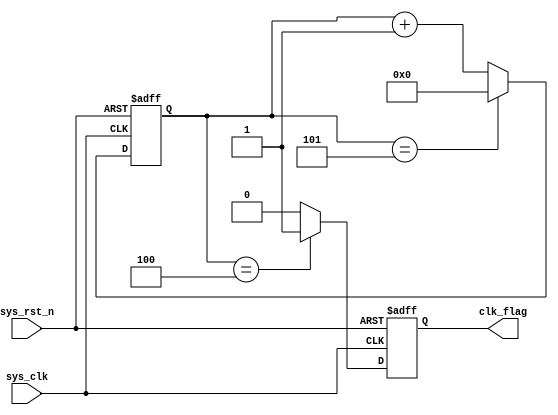
module divider_six
#(parameter DEIVIDE_NUM = 6)
(
   input sys_clk,
   input sys_rst_n,
   
   output reg clk_flag

);

reg [4:0] cnt;
//
//always @(posedge sys_clk or negedge sys_rst_n)begin
//   if(!sys_rst_n)
//     cnt <= 5'd0;
//   else if(cnt == DEIVIDE_NUM / 2 -1)
//     cnt <= 5'd0;
//   else 
//     cnt <= cnt + 1'd1;
//
//end
//
//
//always @(posedge sys_clk or negedge sys_rst_n)begin
//   if(!sys_rst_n)
//      clk_out <= 1'b0;
//   else if(cnt == DEIVIDE_NUM / 2 - 1)
//      clk_out <= ~clk_out;
//   else  
//      clk_out <= clk_out;
//end


always @(posedge sys_clk or negedge sys_rst_n)begin
   if(!sys_rst_n)
     cnt <= 5'd0;
   else if(cnt == DEIVIDE_NUM  -1)
     cnt <= 5'd0;
   else 
     cnt <= cnt + 1'd1;

end


always @(posedge sys_clk or negedge sys_rst_n)begin
   if(!sys_rst_n)
      clk_flag <= 1'b0;
   else if(cnt == DEIVIDE_NUM - 2)
      clk_flag <= 1'b1;
   else  
      clk_flag <= 1'b0;
end


endmodule